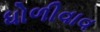
ધોળીવાવ